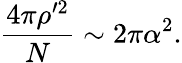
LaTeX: \frac{4\pi\rho^{\prime 2}}{N}\sim 2\pi\alpha^{2}.